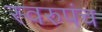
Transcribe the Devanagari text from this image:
स्वरुपंच